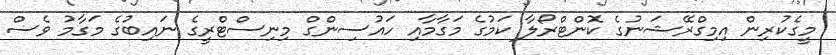
މީގެކުރިން އިމިގްރޭޝަނުގެ ކޮންޓްރޯލާ ކަމުގެ މަގާމާއި ހައުސިންގް މިނިސްޓްރީގެ ނައިބުގެ މަގާމު ވެސް